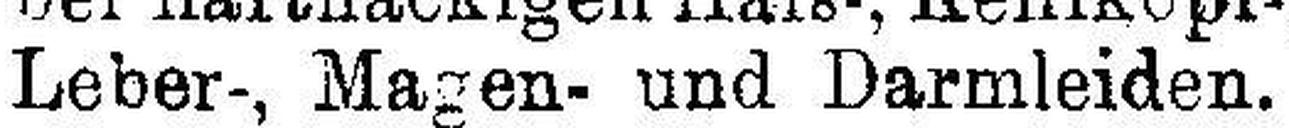
Leber-, Magen- und Darmleiden.